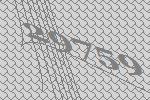
29759